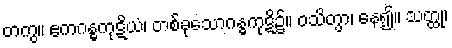
တကွ။ ဧကဂန္ဓကုဋိယံ၊ တစ်ခုသောဂန္ဓကုဋိ၌။ ဝသိတွာ၊ နေ၍။ သတ္ထု၊